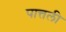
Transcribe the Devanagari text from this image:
पात्तली